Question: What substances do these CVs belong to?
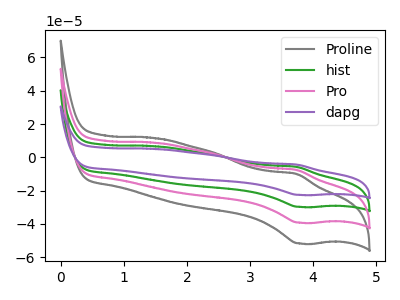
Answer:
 <answer>The gray curve is labeled "Proline". The green curve is labeled "hist". The pink curve is labeled "Pro". The purple curve is labeled "dapg".</answer>
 <eval></eval>